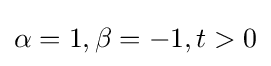
\alpha =1,\beta =-1,t>0